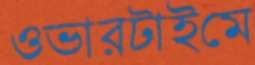
ওভারটাইমে